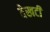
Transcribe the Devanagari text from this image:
देखटी